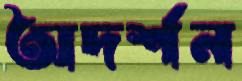
অদর্শন